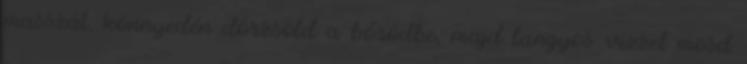
masszát, könnyedén dörzsöld a bőrödbe, majd langyos vízzel mosd